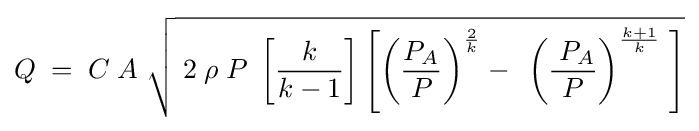
Q\;=\;C\;A\;{\sqrt {\;2\;\rho \;P\;\left[{\frac {k}{k-1}}\right]\left[\left({\frac {P_{A}}{P}}\right)^{\frac {2}{k}}-\;\,\left({\frac {\;P_{A}}{P}}\right)^{\frac {k+1}{k}}\;\right]}}